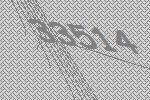
33514